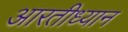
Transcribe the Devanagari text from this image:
आरतीध्यान